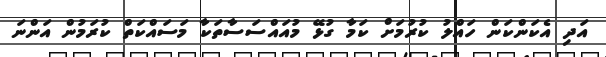
އަދި އެކަންކަން ހައްލު ކުރުމަށް ކަމާ ގުޅޭ މުއައްސަސާތަކާ މަސައްކަތް ކުރަމުން އަންނަ